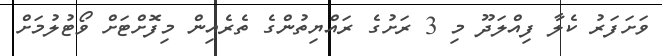
ވަށަފަރު ކެލާ ފިއްލަދޫ މި 3 ރަށުގެ ރައްޔިތުންގެ ތެރެއިން މިފޮށްޓަށް ވޯޓުލުމަށް